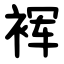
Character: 裈